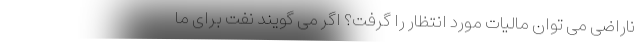
ناراضی می توان مالیات مورد انتظار را گرفت؟ اگر می گویند نفت برای ما